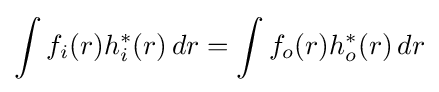
\int f_{i}(r)h_{i}^{*}(r)\,dr=\int f_{o}(r)h_{o}^{*}(r)\,dr